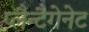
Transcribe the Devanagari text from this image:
प्लैन्टैगेनेट